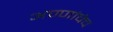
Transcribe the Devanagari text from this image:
अण्णांचेच